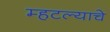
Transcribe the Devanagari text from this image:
म्हटल्याचे